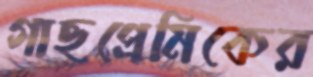
গাছপ্রেমিকের